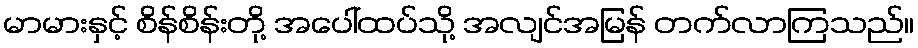
မာမားနှင့် စိန်စိန်းတို့ အပေါ်ထပ်သို့ အလျင်အမြန် တက်လာကြသည်။